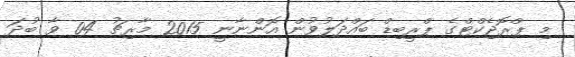
މި ޕްރޮޖެކްޓްގެ ޕްރީބިޑް ބައްދަލުވުން އޮންނާނީ 2015 މާރިޗު 04 ވާ ބުދަ